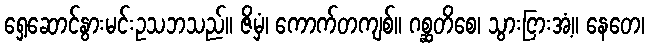
ရှေ့ဆောင်နွားမင်းဥသဘသည်။ ဇိမှံ၊ ကောက်တကျစ်။ ဂစ္ဆတိစေ၊ သွားငြားအံ့။ နေတေ၊